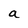
Character: a